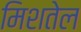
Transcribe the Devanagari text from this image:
मिशतेल